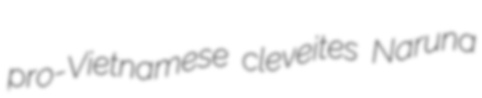
pro-Vietnamese cleveites Naruna